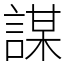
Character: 謀